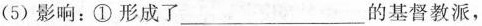
(5) 影响：①形成了 ___ 的基督教派，